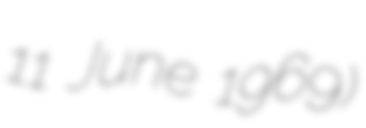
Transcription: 11 June 1969)